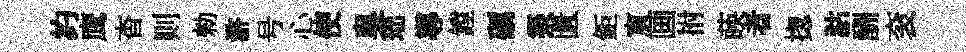
约鹰杳则勑滸号心使臭𤤼導鏜礪築匱鉅賔画拊𦴤者揔詁酬衮